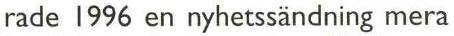
rade 1996 en nyhetssändning mera